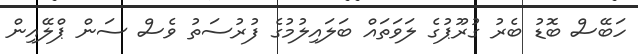
ހަބޭސް ބޮޑު ބެރު ގުރޫޕުގެ ލަވަތައް ބަލައިލުމުގެ ފުރުސަތު ވެސް ސަން ޕްލޭއިން